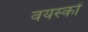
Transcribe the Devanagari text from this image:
वयस्‍कों